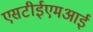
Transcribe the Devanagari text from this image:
एसटीईएमआई